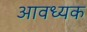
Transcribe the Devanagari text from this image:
आवध्यक